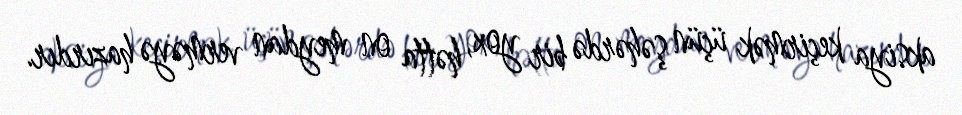
aksiya keçirmək üçün şəhərdə bir yox, hətta on meydan verməyə hazırdır.